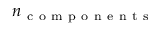
n _ { \mathrm { ~ c ~ o ~ m ~ p ~ o ~ n ~ e ~ n ~ t ~ s ~ } }